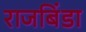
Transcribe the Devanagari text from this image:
राजबिंडा